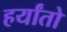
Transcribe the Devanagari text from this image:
हर्यांतो